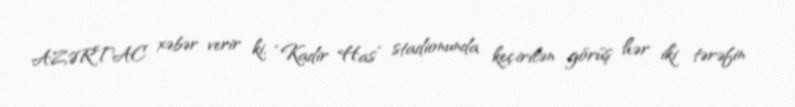
AZƏRTAC xəbər verir ki, “Kadir Has” stadionunda keçirilən görüş hər iki tərəfin